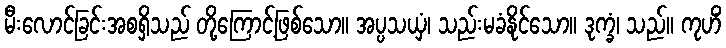
မီးလောင်ခြင်းအစရှိသည် တို့ကြောင့်ဖြစ်သော။ အပ္ပသယှံ၊ သည်းမခံနိုင်သော။ ဒုက္ခံ၊ သည်။ ကုဟိံ